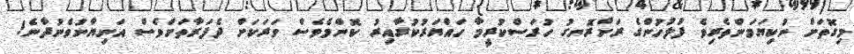
މިގޮތަށް ނުކިޔަމަންތެރިވެ ފުލުހުންގެ ރަށްރޮނގު ހުރަސްކުރީމާ ހައްޔަރުކުރާއިރު ކޮންމެވެސް ވަރަކަށް ދެފަރާތަށްވެސް އަނިޔާނުވެނުދާނެ!